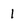
Character: 1